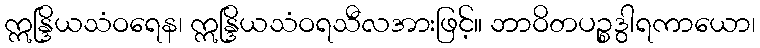
ဣန္ဒြိယသံဝရေန၊ ဣန္ဒြိယသံဝရသီလအားဖြင့်။ ဘာဝိတပဉ္စဒွါရကာယော၊